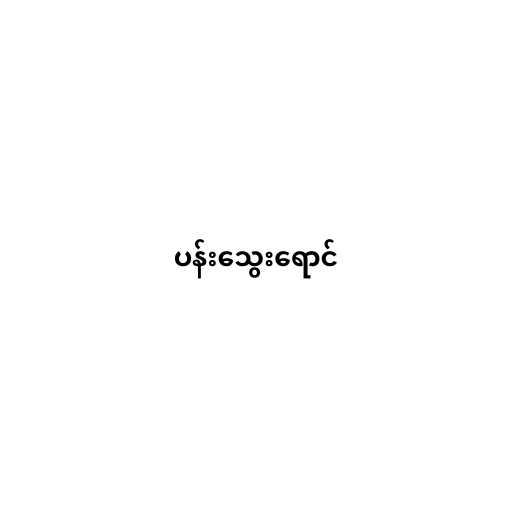
ပန်းသွေးရောင်